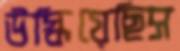
উস্‌কিয়েছিস